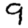
Digit: 9